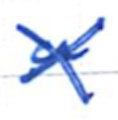
Text: a
Cross-out: cross
Writing tool: ballpoint